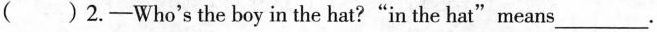
( ) 2.-Who's the boy in the hat?"in the hat"means _.